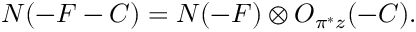
N ( - F - C ) = N ( - F ) \otimes { \cal O } _ { \pi ^ { * } z } ( - C ) .